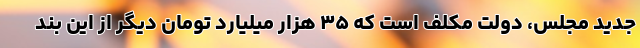
جدید مجلس، دولت مکلف است که ۳۵ هزار میلیارد تومان دیگر از این بند